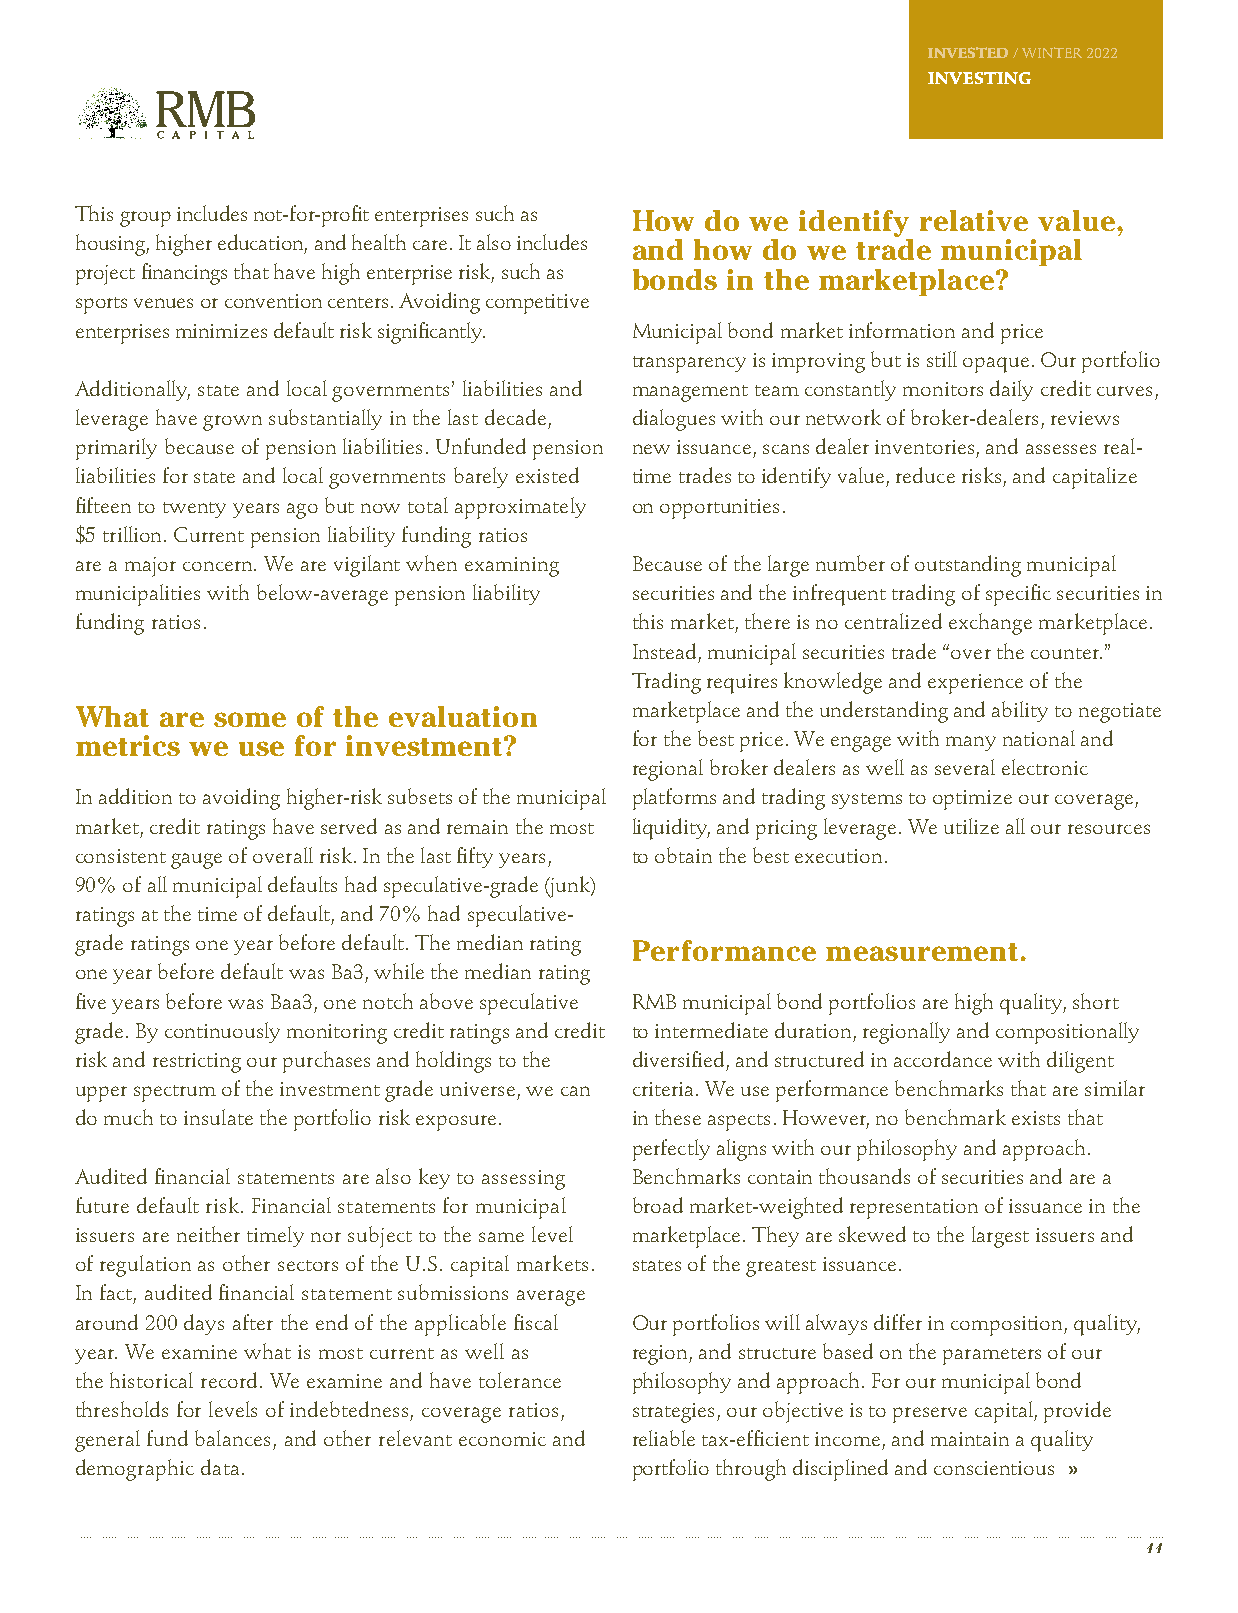
INVESTED / WINTER 2022
 INVESTING
 This group includes not-for-profit enterprises such as How do we identify relative value,
 housing, higher education, and health care. It also includes and how do we trade municipal
 project financings that have high enterprise risk, such as bonds in the marketplace?
 sports venues or convention centers. Avoiding competitive
 enterprises minimizes default risk significantly. Municipal bond market information and price
 transparency is improving but is still opaque. Our portfolio
 Additionally, state and local governments’ liabilities and management team constantly monitors daily credit curves,
 leverage have grown substantially in the last decade, dialogues with our network of broker-dealers, reviews
 primarily because of pension liabilities. Unfunded pension new issuance, scans dealer inventories, and assesses real-
 liabilities for state and local governments barely existed time trades to identify value, reduce risks, and capitalize
 fifteen to twenty years ago but now total approximately on opportunities.
 $5 trillion. Current pension liability funding ratios
 are a major concern. We are vigilant when examining Because of the large number of outstanding municipal
 municipalities with below-average pension liability securities and the infrequent trading of specific securities in
 funding ratios.                      this market, there is no centralized exchange marketplace.
 Instead, municipal securities trade “over the counter.”
 Trading requires knowledge and experience of the
 What  are some of the evaluation     marketplace and the understanding and ability to negotiate
 metrics we use for investment?       for the best price. We engage with many national and
 regional broker dealers as well as several electronic
 In addition to avoiding higher-risk subsets of the municipal platforms and trading systems to optimize our coverage,
 market, credit ratings have served as and remain the most liquidity, and pricing leverage. We utilize all our resources
 consistent gauge of overall risk. In the last fifty years, to obtain the best execution.
 90% of all municipal defaults had speculative-grade (junk)
 ratings at the time of default, and 70% had speculative-
 grade ratings one year before default. The median rating Performance measurement.
 one year before default was Ba3, while the median rating
 five years before was Baa3, one notch above speculative RMB municipal bond portfolios are high quality, short
 grade. By continuously monitoring credit ratings and credit to intermediate duration, regionally and compositionally
 risk and restricting our purchases and holdings to the diversified, and structured in accordance with diligent
 upper spectrum of the investment grade universe, we can criteria. We use performance benchmarks that are similar
 do much to insulate the portfolio risk exposure. in these aspects. However, no benchmark exists that
 perfectly aligns with our philosophy and approach.
 Audited financial statements are also key to assessing Benchmarks contain thousands of securities and are a
 future default risk. Financial statements for municipal broad market-weighted representation of issuance in the
 issuers are neither timely nor subject to the same level marketplace. They are skewed to the largest issuers and
 of regulation as other sectors of the U.S. capital markets. states of the greatest issuance.
 In fact, audited financial statement submissions average
 around 200 days after the end of the applicable fiscal Our portfolios will always differ in composition, quality,
 year. We examine what is most current as well as region, and structure based on the parameters of our
 the historical record. We examine and have tolerance philosophy and approach. For our municipal bond
 thresholds for levels of indebtedness, coverage ratios, strategies, our objective is to preserve capital, provide
 general fund balances, and other relevant economic and reliable tax-efficient income, and maintain a quality
 demographic data.                    portfolio through disciplined and conscientious »
 11